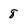
Character: 8